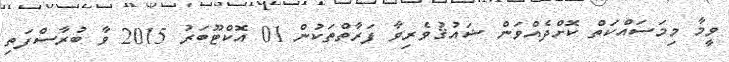
ވީމާ މިމަސައްކަތް ކޮށްދެއްވަން ޝައުޤުވެރިވާ ފަރާތްތަކުން 01 އޮކްޓޫބަރު 2015 ވާ ބުރާސްފަތި